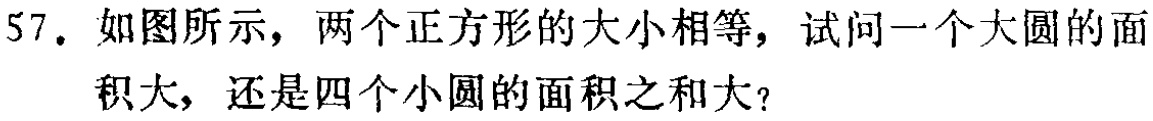
57. 如图所示，两个正方形的大小相等，试问一个大圆的面积大，还是四个小圆的面积之和大？